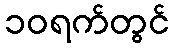
၁၀ရက်တွင်